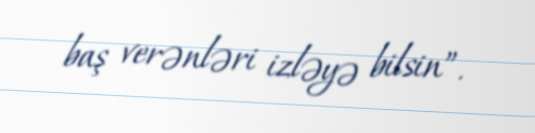
baş verənləri izləyə bilsin”.